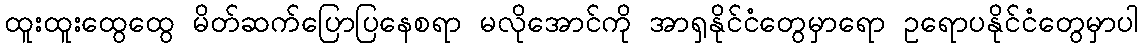
ထူးထူးထွေထွေ မိတ်ဆက်ပြောပြနေစရာ မလိုအောင်ကို အာရှနိုင်ငံတွေမှာရော ဥရောပနိုင်ငံတွေမှာပါ